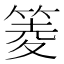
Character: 䈊